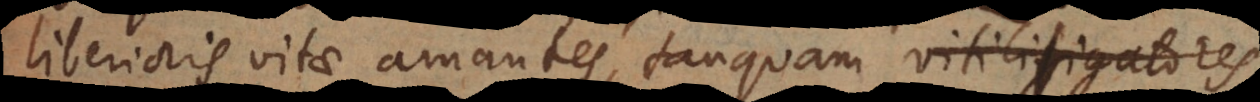
liberioris vitae amantes, tanquam l